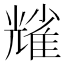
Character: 𠓃